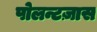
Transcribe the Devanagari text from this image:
पोलन्टज़ास